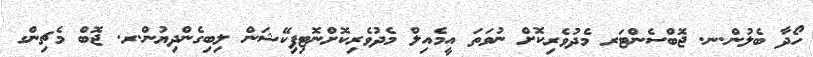
ހޯދާ ބެލުން.ނ. ޖޮބްސެންޓަރ މެދުވެރިކޮށް ނުވަތަ އީމެއިލް މެދުވެރިކޮށްނޮޓިފިކޭޝަން ލިބިގެންދިޔުން.ރ. ޖޮބް މެޗިންގ